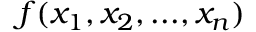
f ( x _ { 1 } , x _ { 2 } , . . . , x _ { n } )